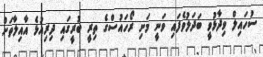
ސުހައިލް ވިދާޅުވީ ބަދަލުވެފައި ވަނީ މަށި ރޯހައުސްގެ ތިރީ ބުރީގައި ދިރިއުޅެ އާއިލާތަށް